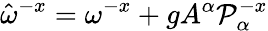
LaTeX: \hat{\omega}^{-x}=\omega^{-x}+gA^{\alpha}{\cal P}_{\alpha}^{-x}